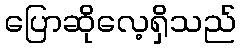
ပြောဆိုလေ့ရှိသည်